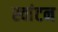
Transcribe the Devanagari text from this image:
स्वांटन